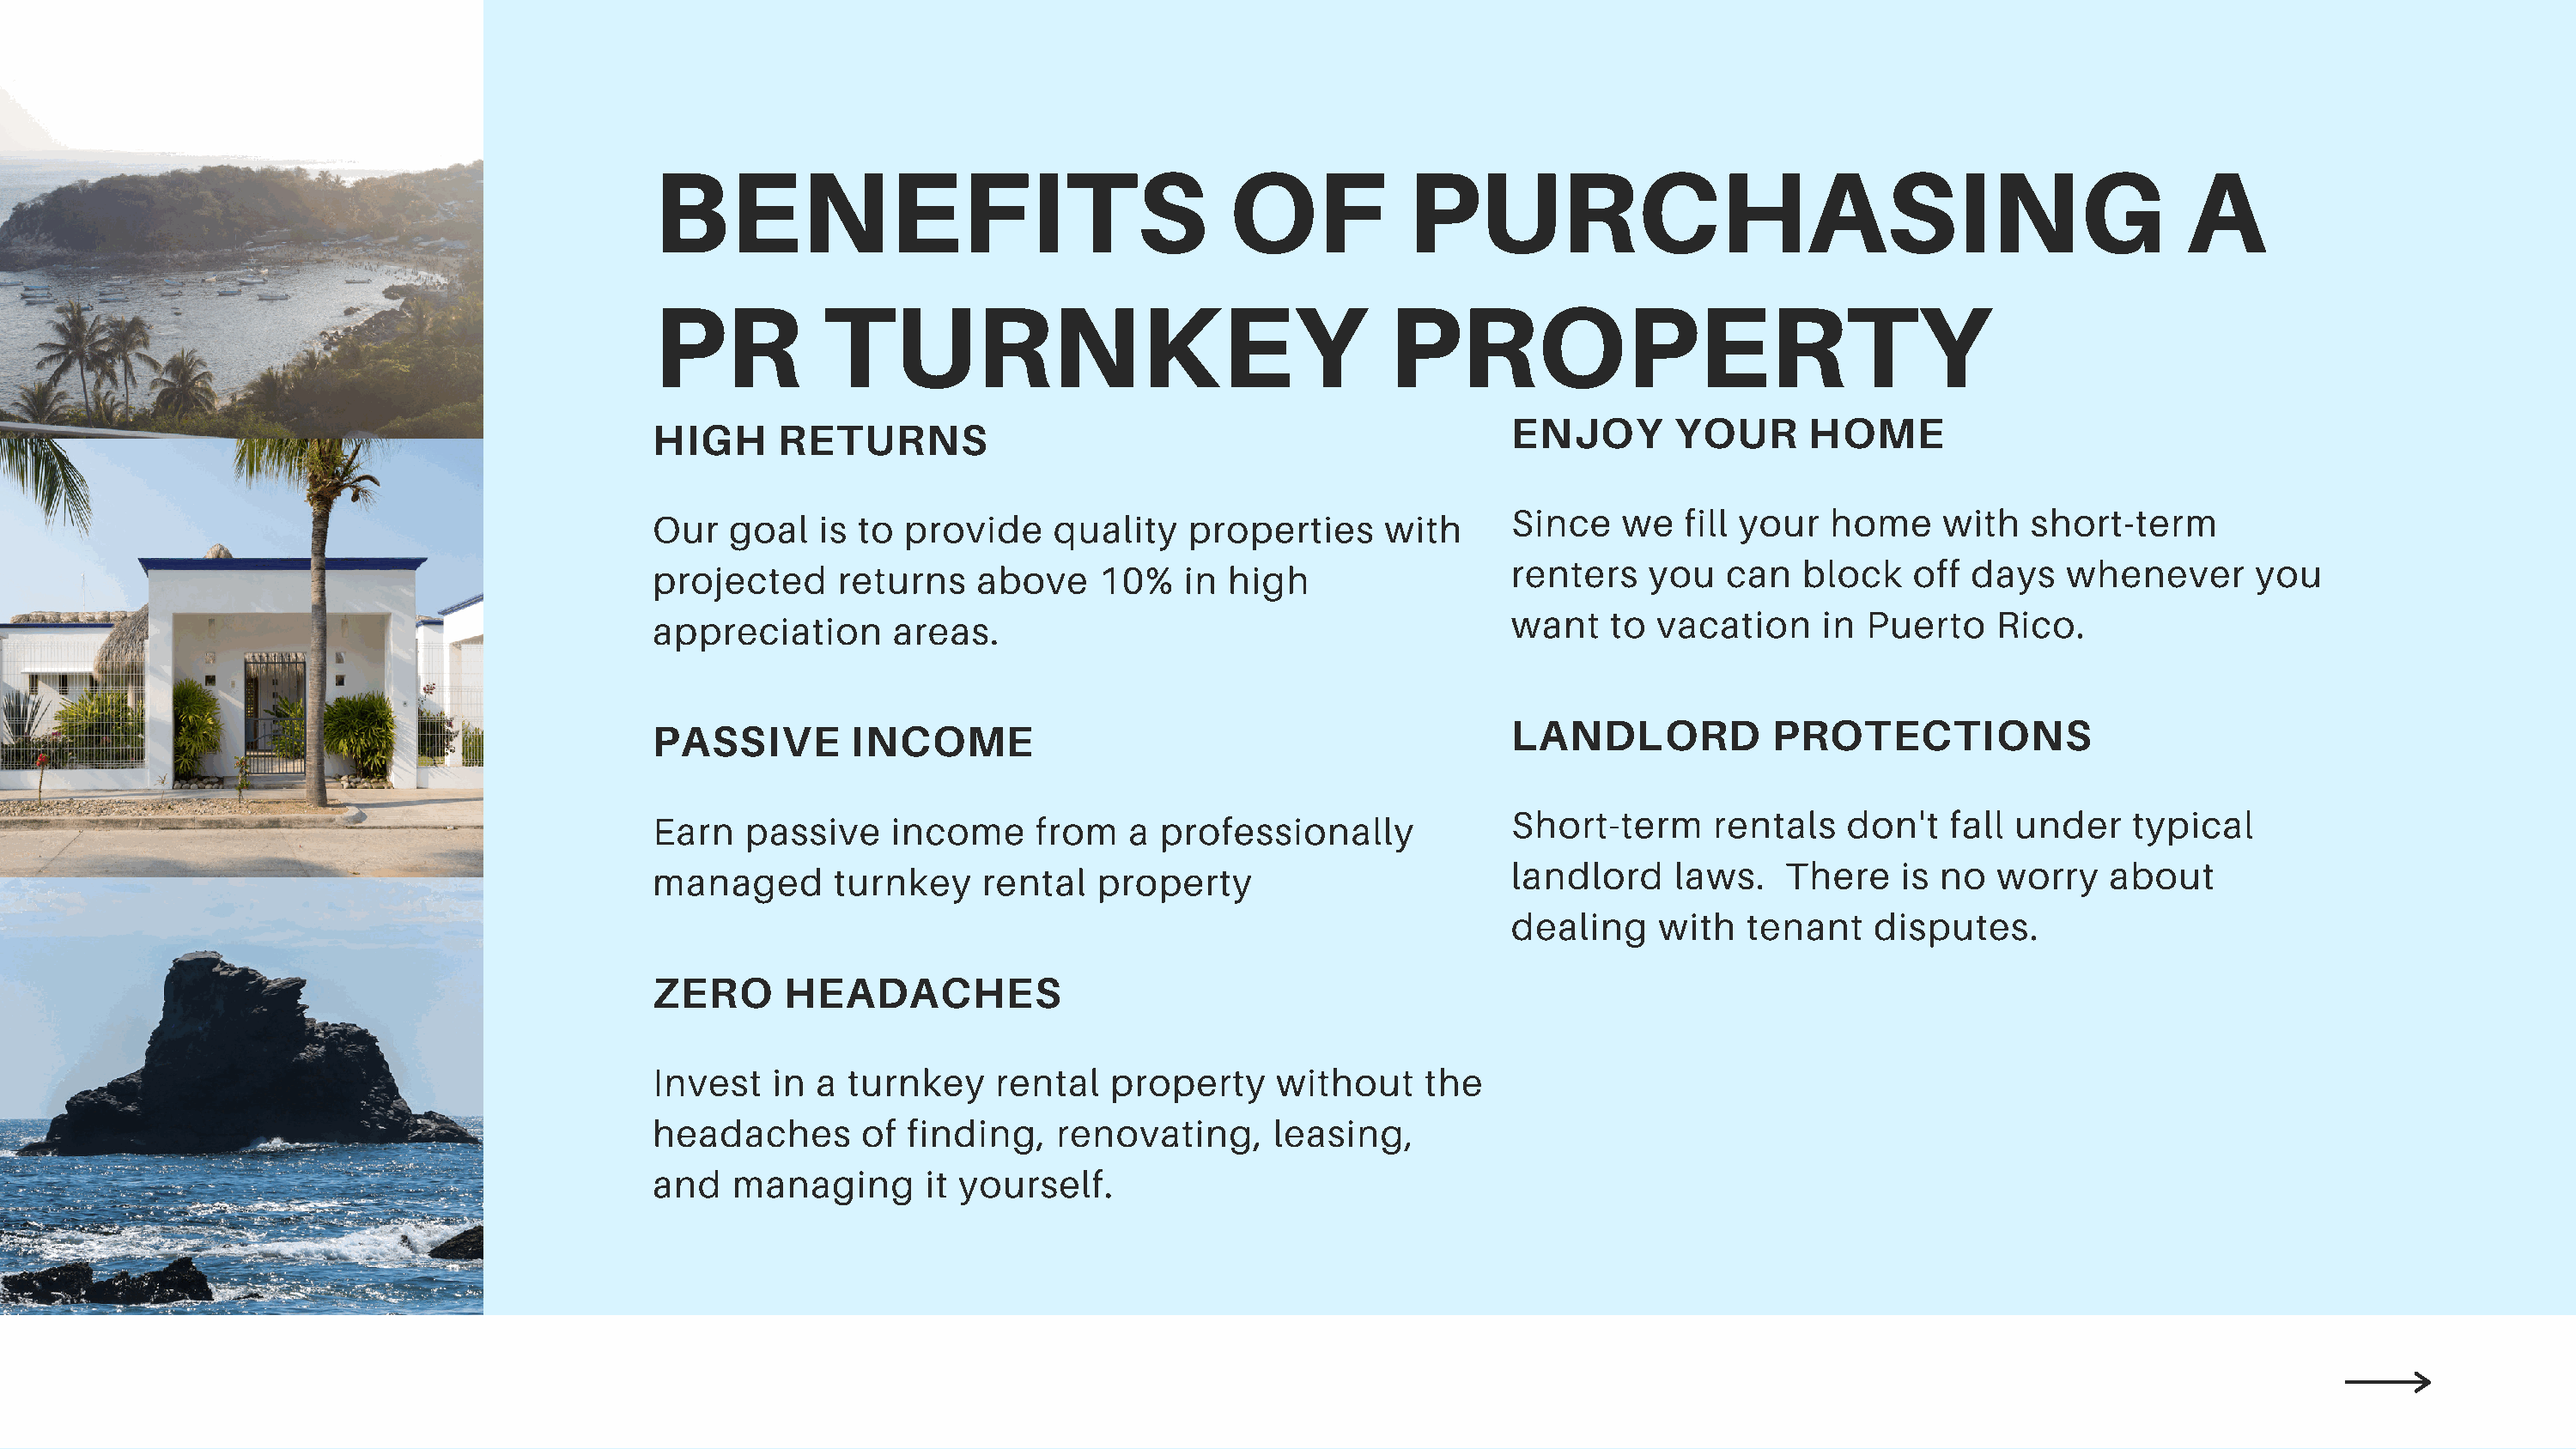
BENEFITS                                     OF            PURCHASING                                                  A
 PR           TURNKEY                                     PROPERTY
 ENJOY       YOUR      HOME
 HIGH      RETURNS
 Since   we   fill your  home     with   short-term
 Our   goal   is to  provide    quality    properties     with
 renters   you   can   block    off days   whenever       you
 projected      returns   above     10%   in  high
 want   to  vacation     in Puerto    Rico.
 appreciation       areas.
 LANDLORD            PROTECTIONS
 PASSIVE         INCOME
 Short-term     rentals   don't   fall under    typical
 Earn   passive     income     from   a professionally
 landlord    laws.    There    is no  worry    about
 managed       turnkey     rental   property
 dealing    with   tenant   disputes.
 ZERO      HEADACHES
 Invest    in a turnkey     rental   property    without     the
 headaches       of  finding,   renovating,      leasing,
 and   managing       it yourself.